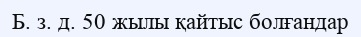
Б. з. д. 50 жылы қайтыс болғандар